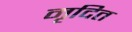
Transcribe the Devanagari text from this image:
मृदित